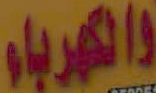
والكهرباء